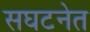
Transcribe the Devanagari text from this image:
सघटनेत